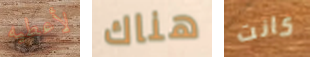
لأعطيه هناك كانت